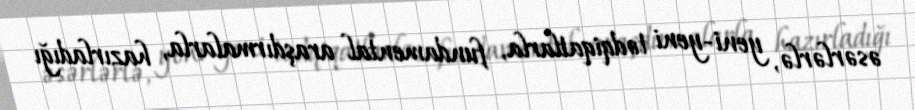
əsərlərlə, yeni-yeni tədqiqatlarla, fundamental araşdırmalarla, hazırladığı